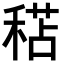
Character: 𥠯